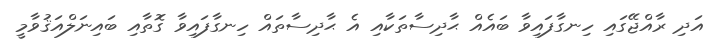
އަދި ރާއްޖޭގައި ހިނގާފައިވާ ބައެއް ޙާދިސާތަކާއި އެ ޙާދިސާތައް ހިނގާފައިވާ ގޮތާއި ބައިނަލްއަޤުވާމީ